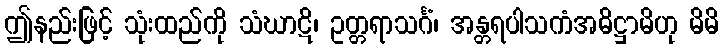
ဤနည်းဖြင့် သုံးထည်ကို သံဃာဋိ၊ ဥတ္တရာသင်္ဂံ၊ အန္တရပါသကံအဓိဋ္ဌာမိဟု မိမိ